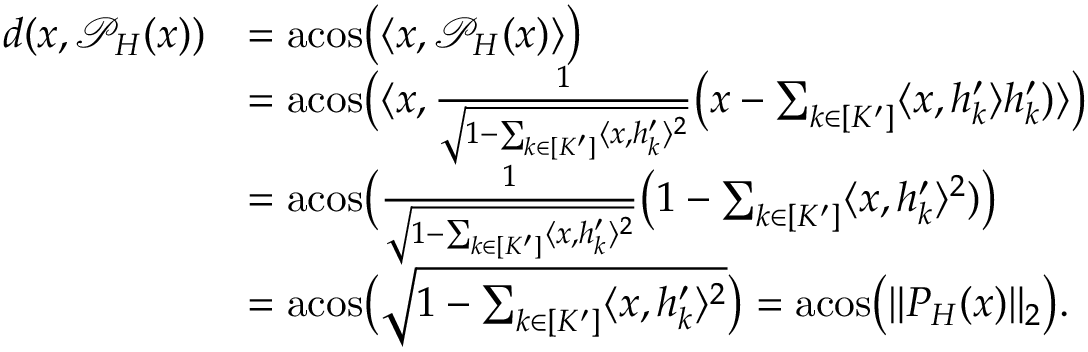
\begin{array} { r l } { d ( x , \mathcal { P } _ { H } ( x ) ) } & { = \mathrm { a c o s } \big ( \langle x , \mathcal { P } _ { H } ( x ) \rangle \big ) } \\ & { = \mathrm { a c o s } \big ( \langle x , \frac { 1 } { \sqrt { 1 - \sum _ { k \in [ K ^ { \prime } ] } \langle x , h _ { k } ^ { \prime } \rangle ^ { 2 } } } \big ( x - \sum _ { k \in [ K ^ { \prime } ] } \langle x , h _ { k } ^ { \prime } \rangle h _ { k } ^ { \prime } ) \rangle \big ) } \\ & { = \mathrm { a c o s } \big ( \frac { 1 } { \sqrt { 1 - \sum _ { k \in [ K ^ { \prime } ] } \langle x , h _ { k } ^ { \prime } \rangle ^ { 2 } } } \big ( 1 - \sum _ { k \in [ K ^ { \prime } ] } \langle x , h _ { k } ^ { \prime } \rangle ^ { 2 } ) \big ) } \\ & { = \mathrm { a c o s } \big ( \sqrt { 1 - \sum _ { k \in [ K ^ { \prime } ] } \langle x , h _ { k } ^ { \prime } \rangle ^ { 2 } } \big ) = \mathrm { a c o s } \big ( \| P _ { H } ( x ) \| _ { 2 } \big ) . } \end{array}